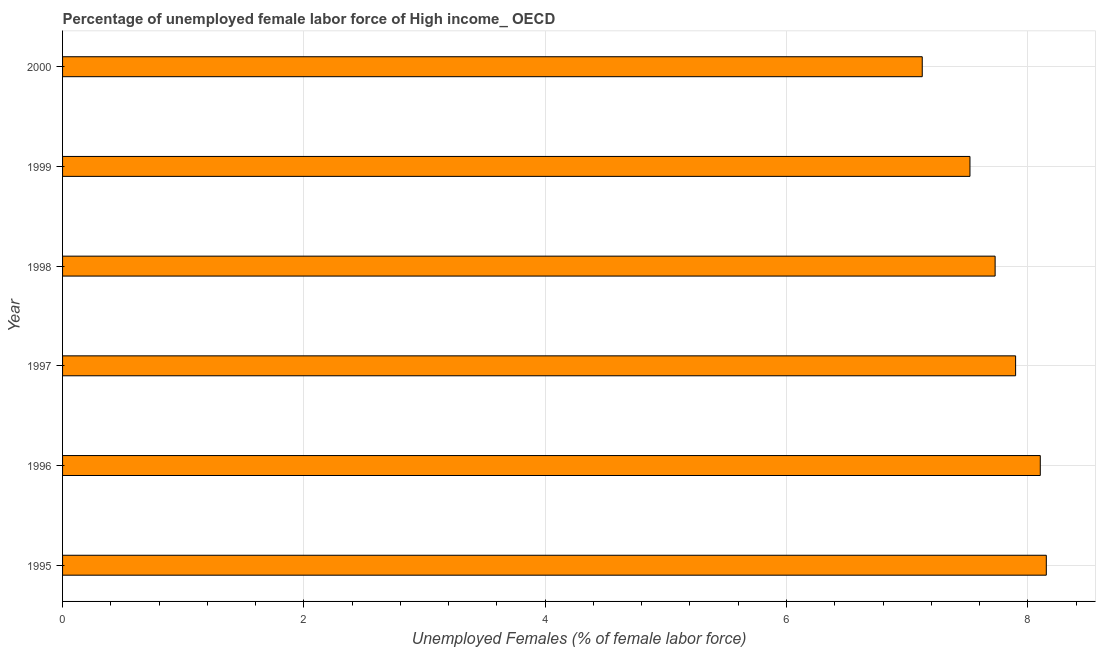
| Year | Unemployment female |
 | --- | --- |
 | 1995 | 8.15 |
 | 1996 | 8.1 |
 | 1997 | 7.9 |
 | 1998 | 7.73 |
 | 1999 | 7.52 |
 | 2000 | 7.12 |